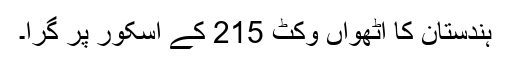
ہندستان کا آٹھواں وکٹ 215 کے اسکور پر گرا۔